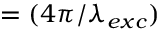
\, = ( 4 \pi / \lambda _ { e x c } )